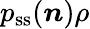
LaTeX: {p_{\mathrm{ss}}(\boldsymbol n)\rho}